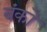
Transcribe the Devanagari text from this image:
बंको